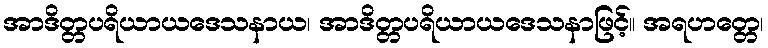
အာဒိတ္တပရိယာယဒေသနာယ၊ အာဒိတ္တပရိယာယဒေသနာဖြင့်။ အရဟတ္တေ၊